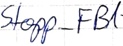
Text: Stopp_FB1